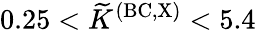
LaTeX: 0.25<{\widetilde K}^{\mathrm{(BC,X)}}<5.4